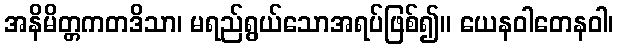
အနိမိတ္တကတဒိသာ၊ မရည်ရွယ်သောအရပ်ဖြစ်၍။ ယေနဝါတေနဝါ၊